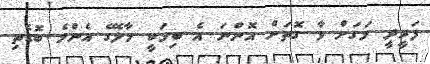
ފަރީދީ މަގަށް ވާ ގޮތަށް އޮންނަ އެ ބިމަކީ މާލޭގެ އެންމެ ބޮޑެތި